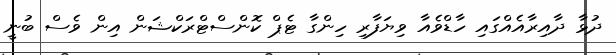
ދުޅާ ދާއިރާއެއްގައި ހާޑްވެއާ ވިޔަފާރި ހިންގާ ޓެޕް ކޮންސްޓްރަކްޝަން އިން ވެސް ބުނީ